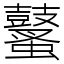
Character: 鼜